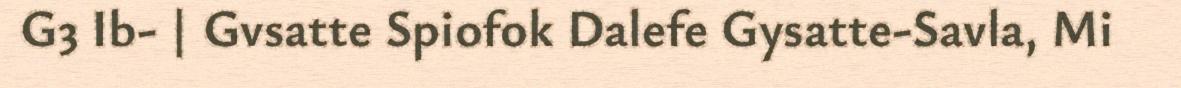
G3 Ib- | Gvsatte Spiofok Dalefe Gysatte-Savla, Mi